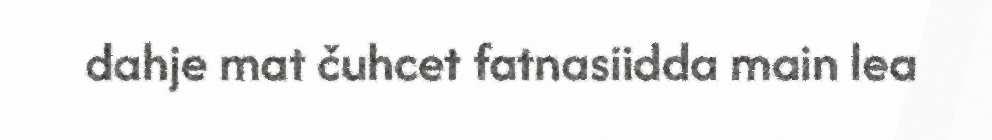
dahje mat čuhcet fatnasiidda main lea